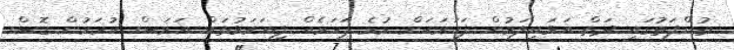
ތުންފަތުގައި ދަތް އަޅައިލަމުން ފަހަރަކަށް ވުރެ ފަހަރެއް ފިޔަވަޅުތައް އަވަސް ކުރަމުން ގޮސް